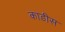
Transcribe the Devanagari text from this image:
काडीस